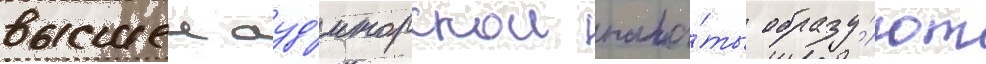
высшеи ауд'иторскои пала́ты образу́ют